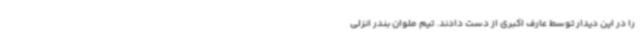
را در این دیدار توسط عارف اکبری از دست دادند. تیم ملوان بندر انزلی